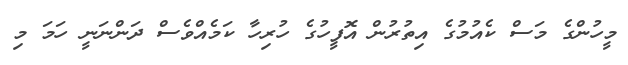
މީހުންގެ މަސް ކެއުމުގެ އިތުރުން އޮފީހުގެ ހުރިހާ ކަމެއްވެސް ދަންނަނީ ހަމަ މި